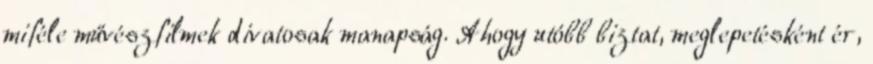
miféle művészfilmek divatosak manapság. Ahogy utóbb biztat, meglepetésként ér,